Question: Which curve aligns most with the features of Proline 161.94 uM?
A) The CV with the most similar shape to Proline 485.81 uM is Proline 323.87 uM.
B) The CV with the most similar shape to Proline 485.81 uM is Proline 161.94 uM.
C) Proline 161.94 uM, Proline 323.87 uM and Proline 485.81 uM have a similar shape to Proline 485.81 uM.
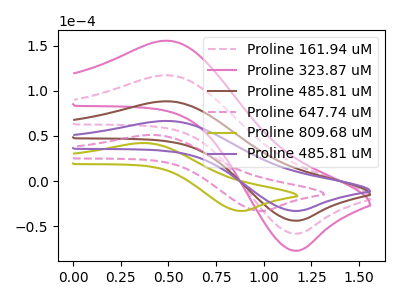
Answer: <think>The pink dashed curve "Proline 161.94 uM" has an anodic peak at (0.50V, 176.70uA) and a cathodic peak at (1.20V, -87.65uA). The pink curve "Proline 323.87 uM" has an anodic peak at (0.50V, 265.10uA) and a cathodic peak at (1.20V, -131.45uA). The brown curve "Proline 485.81 uM" has an anodic peak at (0.50V, 88.35uA) and a cathodic peak at (1.20V, -43.80uA). The pink dashed curve "Proline 647.74 uM" has an anodic peak at (0.40V, 51.15uA) and a cathodic peak at (1.00V, -33.05uA). The olive curve "Proline 809.68 uM" has an anodic peak at (0.35V, 42.20uA) and a cathodic peak at (0.90V, -33.05uA). The purple curve "Proline 485.81 uM" has an anodic peak at (0.50V, 66.60uA) and a cathodic peak at (1.20V, -33.05uA).
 All the peaks in "Proline 161.94 uM" have a peak in "Proline 323.87 uM" at the same potential. Every peak in "Proline 161.94 uM" is lower than every peak in "Proline 323.87 uM". All the peaks in "Proline 161.94 uM" have a peak in "Proline 485.81 uM" at the same potential. Every peak in "Proline 161.94 uM" is higher than every peak in "Proline 485.81 uM". "Proline 161.94 uM" and "Proline 647.74 uM" have at least one peak that do not match. "Proline 161.94 uM" and "Proline 809.68 uM" have at least one peak that do not match. All the peaks in "Proline 161.94 uM" have a peak in "Proline 485.81 uM" at the same potential. Every peak in "Proline 161.94 uM" is higher than every peak in "Proline 485.81 uM". All the peaks in "Proline 323.87 uM" have a peak in "Proline 485.81 uM" at the same potential. Every peak in "Proline 323.87 uM" is higher than every peak in "Proline 485.81 uM". "Proline 323.87 uM" and "Proline 647.74 uM" have at least one peak that do not match. "Proline 323.87 uM" and "Proline 809.68 uM" have at least one peak that do not match. All the peaks in "Proline 323.87 uM" have a peak in "Proline 485.81 uM" at the same potential. Every peak in "Proline 323.87 uM" is higher than every peak in "Proline 485.81 uM". "Proline 485.81 uM" and "Proline 647.74 uM" have at least one peak that do not match. "Proline 485.81 uM" and "Proline 809.68 uM" have at least one peak that do not match. All the peaks in "Proline 485.81 uM" have a peak in "Proline 485.81 uM" at the same potential. Every peak in "Proline 485.81 uM" is higher than every peak in "Proline 485.81 uM". "Proline 647.74 uM" and "Proline 809.68 uM" have at least one peak that do not match. "Proline 647.74 uM" and "Proline 485.81 uM" have at least one peak that do not match. "Proline 809.68 uM" and "Proline 485.81 uM" have at least one peak that do not match.</think>
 <answer>C) "Proline 161.94 uM", "Proline 323.87 uM" and "Proline 485.81 uM" have a similar shape to "Proline 485.81 uM".</answer>
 <eval>C</eval>